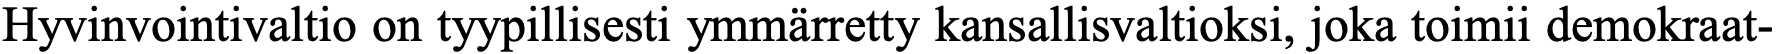
Hyvinvointivaltio on tyypillisesti ymmärretty kansallisvaltioksi, joka toimii demokraat-